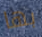
بها